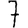
Digit: 7